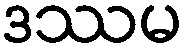
ဒဿမ